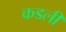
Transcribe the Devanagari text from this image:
कडली